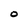
Character: O